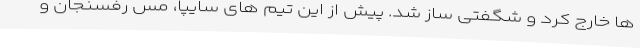
ها خارج کرد و شگفتی ساز شد. پیش از این تیم های سایپا، مس رفسنجان و